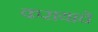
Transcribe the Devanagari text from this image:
करायाचे